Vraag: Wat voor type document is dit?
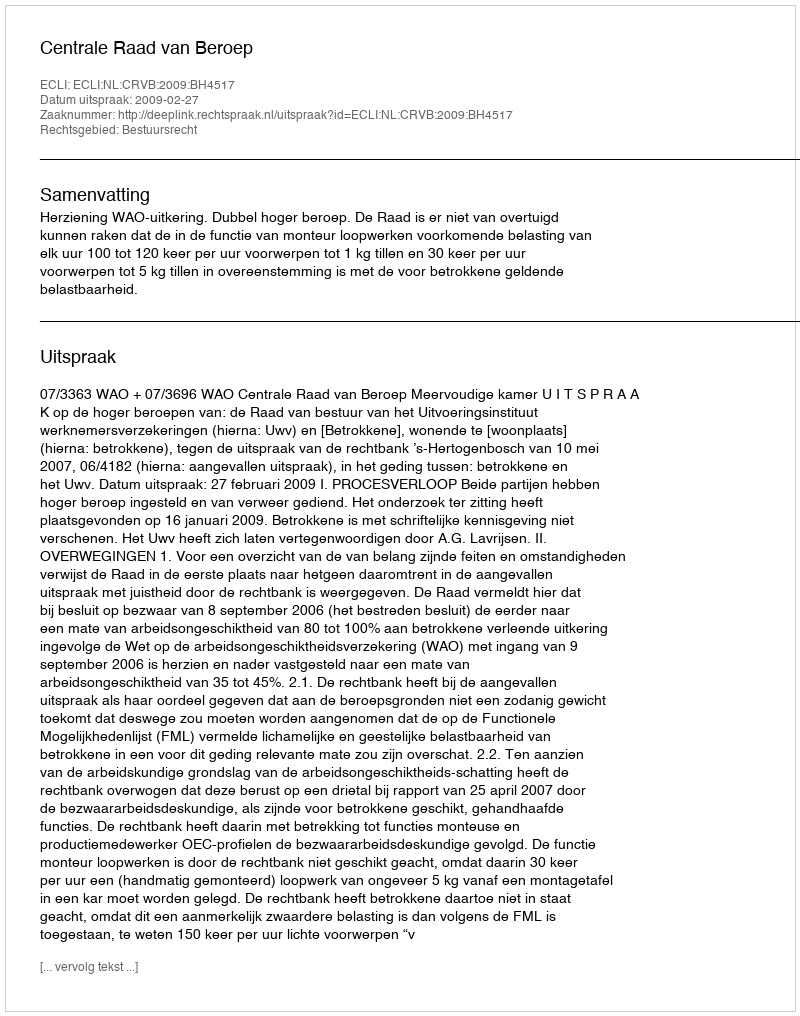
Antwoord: Uitspraak